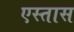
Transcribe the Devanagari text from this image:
एस्तास